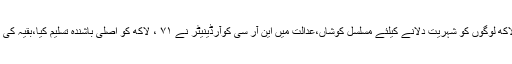
Tags: mt مولانا بد رالدین اجمل آسام کے 48 لاکھ لوگوں کو شہریت دلانے کیلئے مسلسل کوشاں،عدالت میں این آر سی کوآرڈینیٹر نے ۷۱ ، لاکھ کو اصلی باشندہ تسلیم کیا،بقیہ کی انکوائری کا حکم جاری